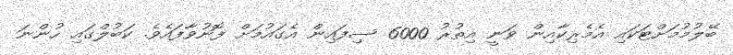
ބޭލުމުމަށްޓަކައި އެމެރިކާއިން ވަނީ އިތުރު 6000 ސިފައިން އެގައުމަށް ފޮނުވާފައެވެ. ކަބުލްގައި ހުންނަ